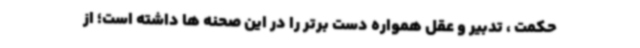
حکمت ، تدبیر و عقل همواره دست برتر را در این صحنه ها داشته است؛ از